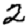
Digit: 2